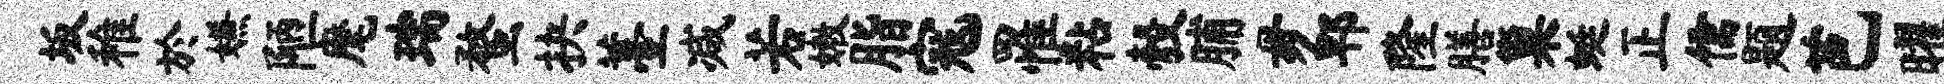
坂稚於嫌陋麾瑞蝥抉薹减若嫩脂寇罹粘彀脯毋郫隆膳巢蜓正儒题芭曜